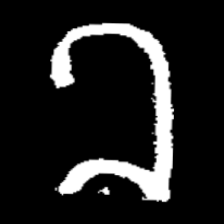
Pyu character \u2014 Myanmar letter: ခ (romanized: kha)